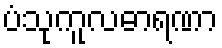
ပံသုကူလဓာရဏာ